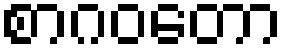
စာဂဝတော